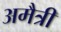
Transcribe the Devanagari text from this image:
अमैत्री